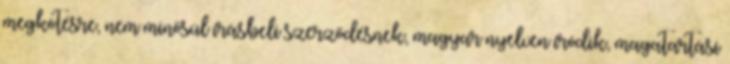
megkötésre, nem minősül írásbeli szerződésnek, magyar nyelven íródik, magatartási